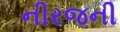
નીરજની